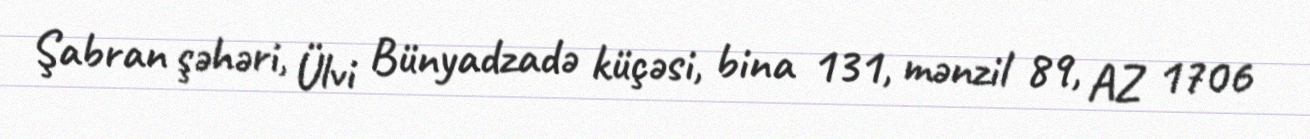
Şabran şəhəri, Ülvi Bünyadzadə küçəsi, bina 131, mənzil 89, AZ 1706